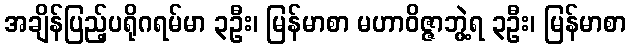
အချိန်ပြည့်ပရိုဂရမ်မာ ၃ဦး၊ မြန်မာစာ မဟာဝိဇ္ဇာဘွဲ့ရ ၃ဦး၊ မြန်မာစာ